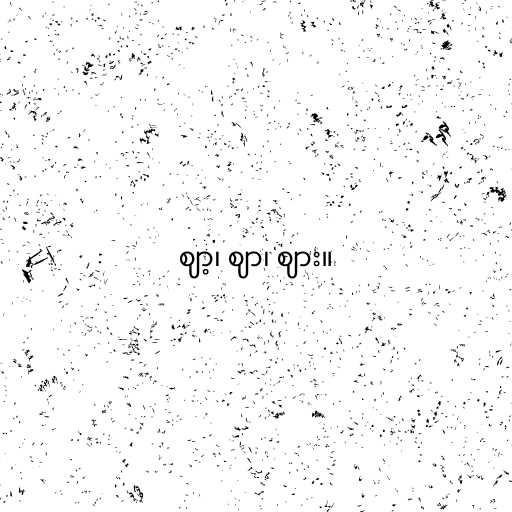
ဈာ့၊ ဈာ၊ ဈား။